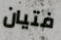
فتيان